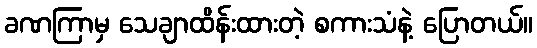
ခဏကြာမှ သေချာထိန်းထားတဲ့ စကားသံနဲ့ ပြောတယ်။